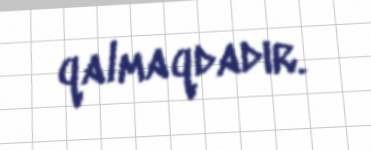
qalmaqdadır.